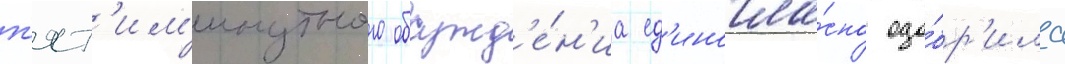
п'ят'им'инутного обсужд'е́н'иа ед'иногла́сно одо́бр'ила